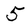
Character: 5